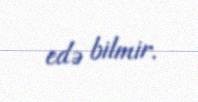
edə bilmir.